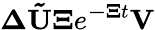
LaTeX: \mathbf{\Delta}\mathbf{\tilde{U}}\mathbf{\Xi}e^{\mathbf{-\mathbf{\Xi}}t}\mathbf{V}